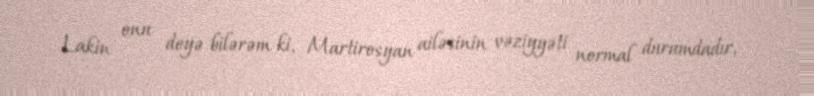
Lakin onu deyə bilərəm ki, Martirosyan ailəsinin vəziyyəti normal durumdadır,